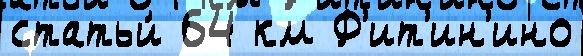
статьи́ 64 км Ф'ит'ин'ино